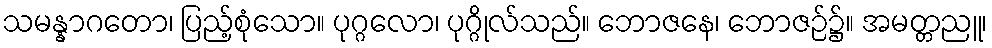
သမန္နာဂတော၊ ပြည့်စုံသော။ ပုဂ္ဂလော၊ ပုဂ္ဂိုလ်သည်။ ဘောဇနေ၊ ဘောဇဉ်၌။ အမတ္တညူ၊